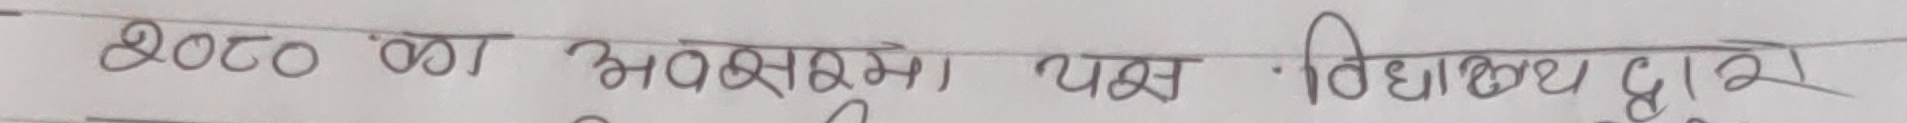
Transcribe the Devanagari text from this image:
२०८० ०० अवसरमा यस विद्यालय द्‌वारा